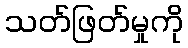
သတ်ဖြတ်မှုကို